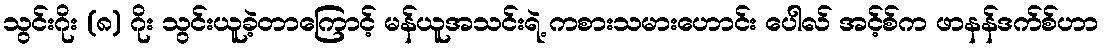
သွင်းဂိုး (၈) ဂိုး သွင်းယူခဲ့တာကြောင့် မန်ယူအသင်းရဲ့ ကစားသမားဟောင်း ပေါလ် အင့်စ်က ဖာနန်ဒက်စ်ဟာ